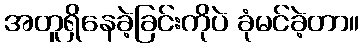
အတူရှိနေခဲ့ခြင်းကိုပဲ ခုံမင်ခဲ့တာ။